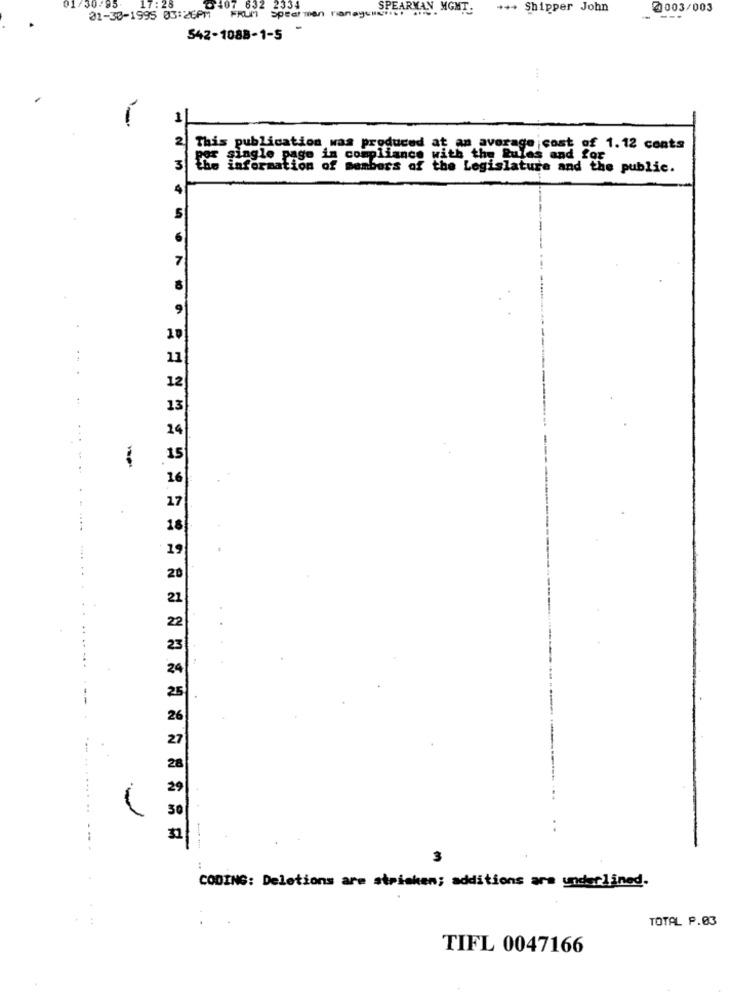
01/30/95
17:
SPEARMAN. MGMT.
++ Shipper John
@003/003
02-38-1995 03:26PM FRUM Spearman nanaycuello,
-- ---
542-1088-1-5
1
2
This publication was produced at an average cost of 1.12 conts
por single page in complia
apliance with the
the Rules and for
3
information of members of the Legislature and the public.
4
6
7
9
..
11
12
13
24
--
15
16
17
18
19
20
21
...... .
--
3
CODING: Deletions are stricken; additions are underlined.
TOTAL P.03
TIFL 0047166